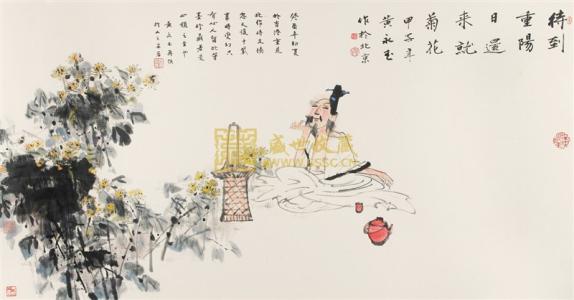
待到重阳日，还来就菊花。